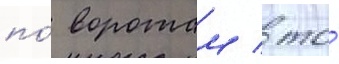
по́ воротам / то́